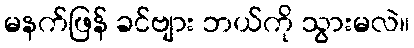
မနက်ဖြန် ခင်ဗျား ဘယ်ကို သွားမလဲ။